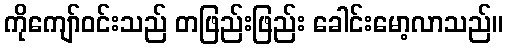
ကိုကျော်ဝင်းသည် တဖြည်းဖြည်း ခေါင်းမော့လာသည်။